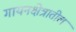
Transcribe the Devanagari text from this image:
गायनक्षेत्रातील